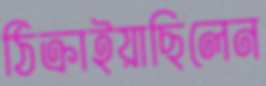
ঠিক্‌রাইয়াছিলেন